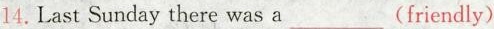
14.Last Sunday there was a___(friendly)